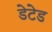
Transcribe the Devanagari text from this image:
डेटेड